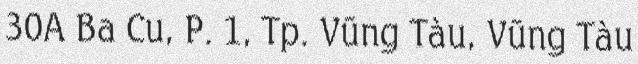
30A Ba Cu, P. 1, Tp. Vũng Tàu, Vũng Tàu